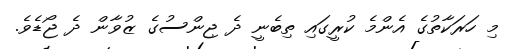
މި ހަރަކާތުގެ އެންމެ ކުރީގައި ތިބެނީ ދެ ޖިންސުގެ ޒުވާން ދެ ޖޯޑެވެ.